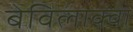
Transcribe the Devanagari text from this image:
बेविलाक्वा